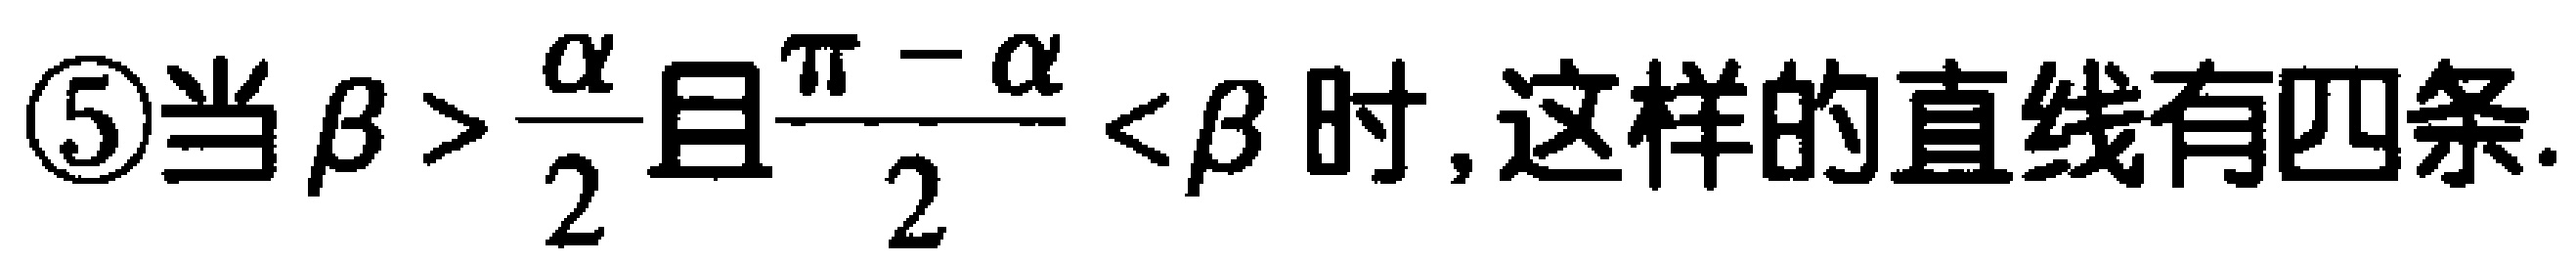
\textcircled{5}当$\beta > \frac{\alpha}{2}$且$\frac{\pi - \alpha}{2} < \beta$时,这样的直线有四条.